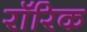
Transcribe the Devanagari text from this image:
रॉरिक